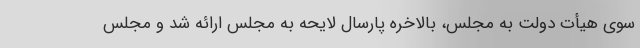
سوی هیأت دولت به مجلس، بالاخره پارسال لایحه به مجلس ارائه شد و مجلس